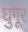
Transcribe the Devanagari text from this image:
घुंगूर